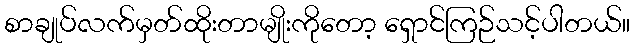
စာချုပ်လက်မှတ်ထိုးတာမျိုးကိုတော့ ရှောင်ကြဉ်သင့်ပါတယ်။